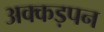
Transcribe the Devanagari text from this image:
अक्कड़पन